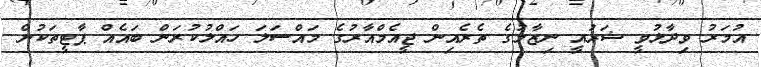
އުމަރު ވިދާޅުވީ ޝަރުއީ ނިޒާމުގެ ތެރެއިން ޖީއެމްއާރުގެ މައްސަލަ ހައްލުކުރަން ބައެއް ޕާޓީތަކުން